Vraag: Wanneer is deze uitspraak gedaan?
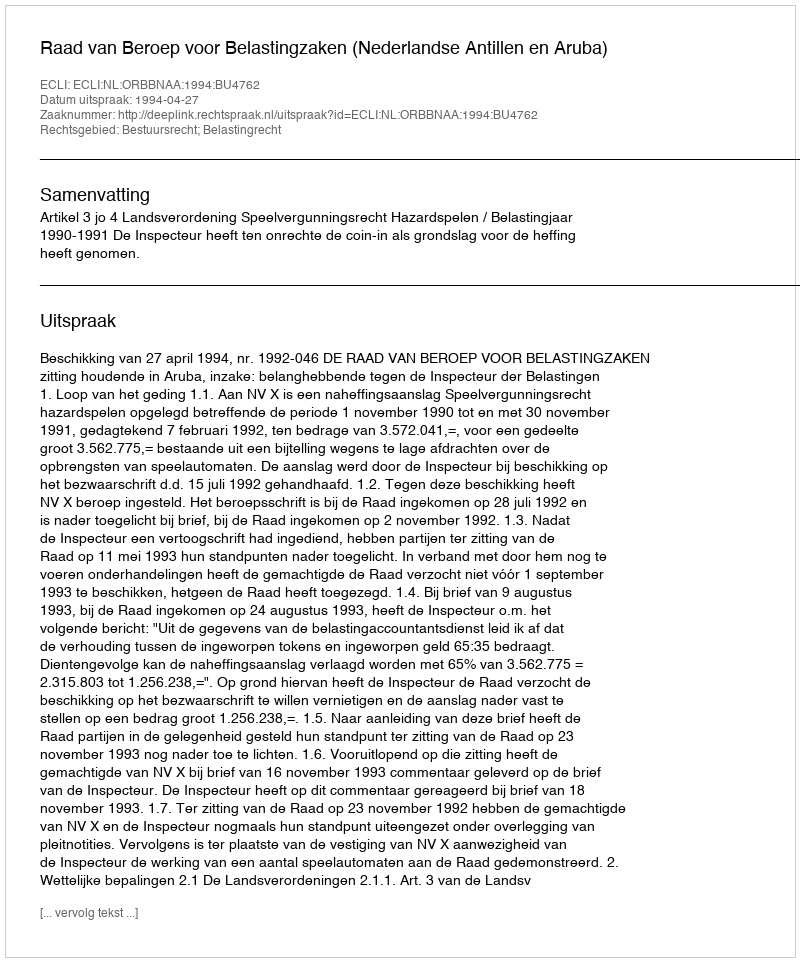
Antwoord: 1994-04-27